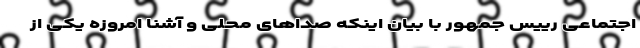
اجتماعی رییس جمهور با بیان اینکه صداهای محلی و آشنا امروزه یکی از